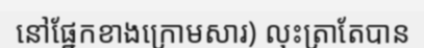
នៅផ្នែកខាងក្រោមសារ) លុះត្រាតែបាន